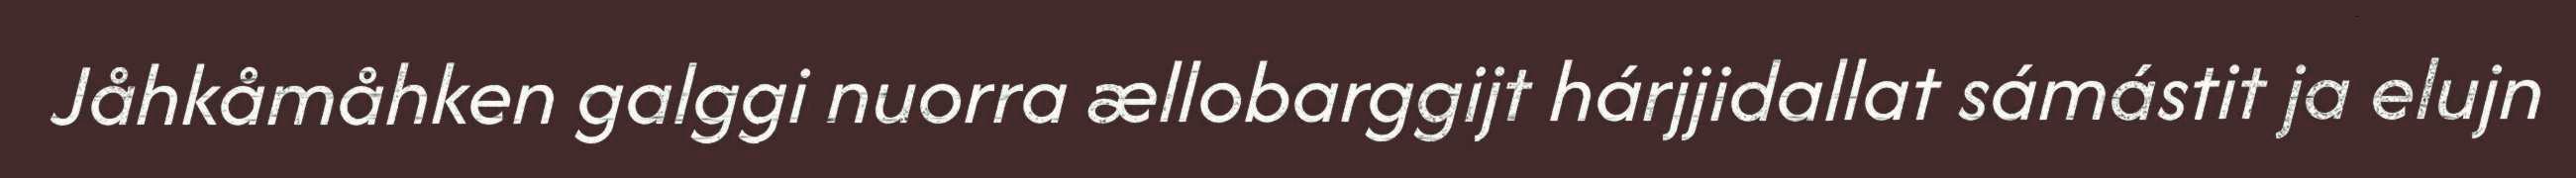
Jåhkåmåhken galggi nuorra ællobarggijt hárjjidallat sámástit ja elujn